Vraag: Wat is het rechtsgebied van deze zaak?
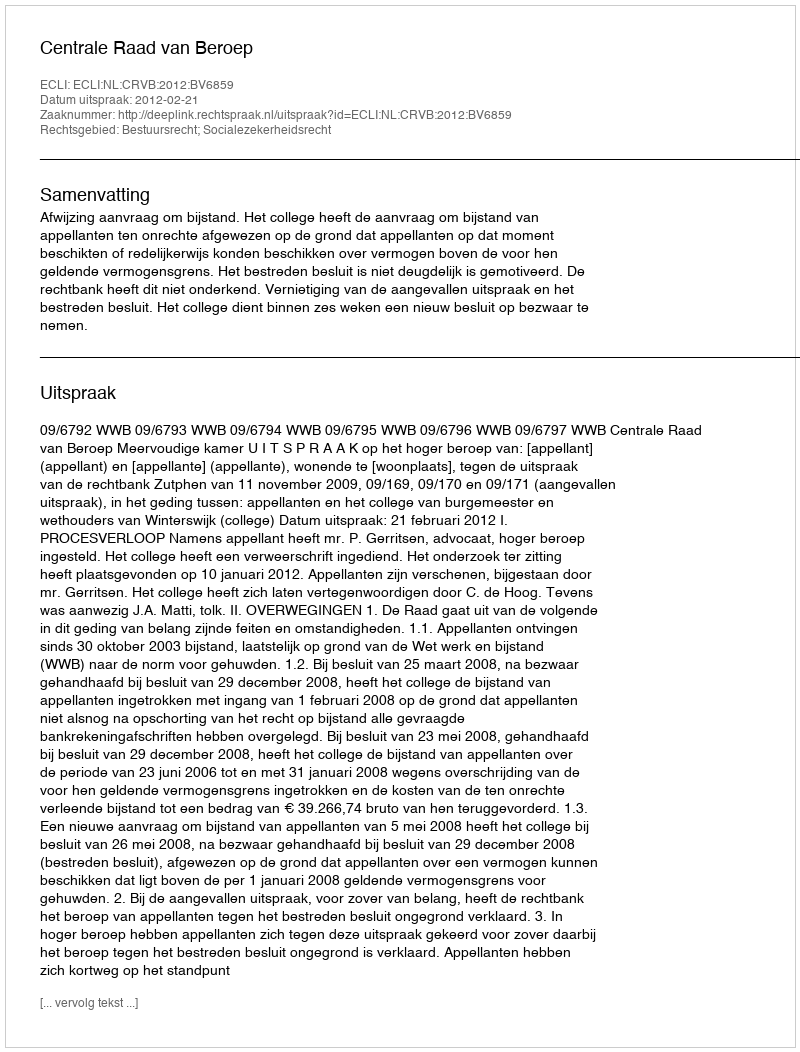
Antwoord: Bestuursrecht; Socialezekerheidsrecht